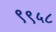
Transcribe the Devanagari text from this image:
९९५८